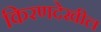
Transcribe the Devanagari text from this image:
किरणदेखील